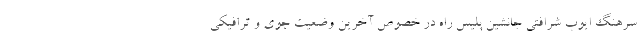
سرهنگ ایوب شرافتی جانشین پلیس راه در خصوص آخرین وضعیت جوی و ترافیکی